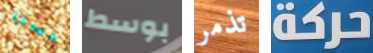
حسنا بوسط تذمر حركة